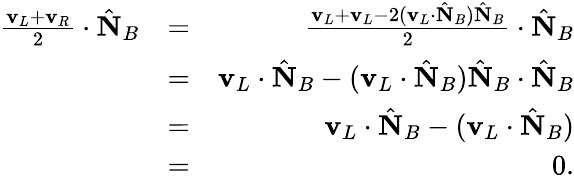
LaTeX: \begin{array}{rlr}{\frac{{\mathbf v}_{L}+{\mathbf v}_{R}}{2}\cdot\hat{\mathbf N}_{B}}&{=}&{\frac{{\mathbf v}_{L}+{\mathbf v}_{L}-2({\mathbf v}_{L}\cdot\hat{\mathbf N}_{B})\hat{\mathbf N}_{B}}{2}\cdot\hat{\mathbf N}_{B}}\\ &{=}&{{\mathbf v}_{L}\cdot\hat{\mathbf N}_{B}-({\mathbf v}_{L}\cdot\hat{\mathbf N}_{B})\hat{\mathbf N}_{B}\cdot\hat{\mathbf N}_{B}}\\ &{=}&{{\mathbf v}_{L}\cdot\hat{\mathbf N}_{B}-({\mathbf v}_{L}\cdot\hat{\mathbf N}_{B})}\\ &{=}&{0.}\end{array}